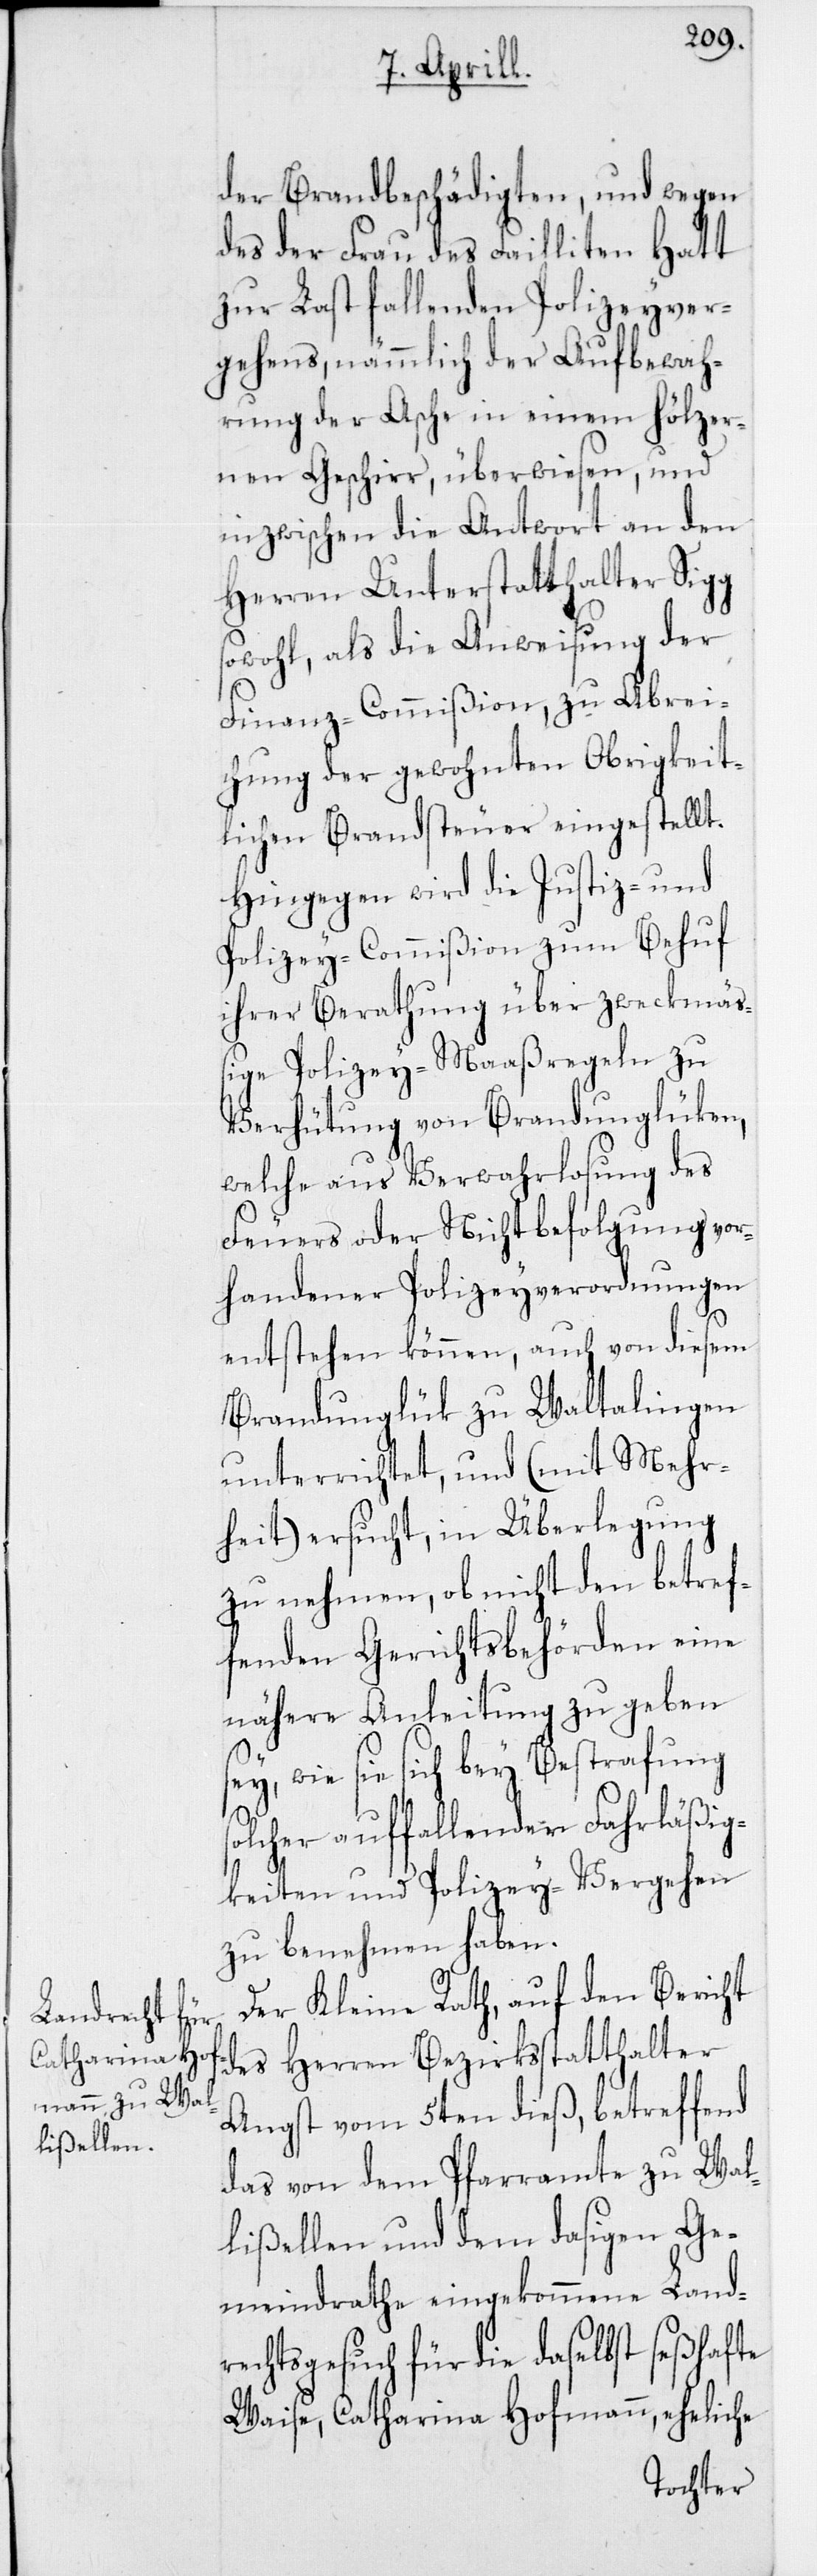
der Brandbeschädigten, und wegen
des der Frau des Failliten Hatt
zur Last fallenden Polizeyver¬
gehens, nämmlich der Aufbewah¬
rung der Asche in einem hölzer¬
nen Geschirr, überwiesen, und
inzwischen die Antwort an den
Herren Unterstatthalter Sigg
sowohl, als die Anweisung der
Finanz-Commißion, zu Abrei¬
chung der gewohnten Obrigkeit¬
lichen Brandsteuer eingestellt.
Hingegen wird die Justiz- und
Polizey-Commißion zum Behuf
ihrer Berathung über zweckmäß¬
ige Polizey-Maaßregeln zu
Verhütung von Brandunglüken,
welche aus Verwahrlosung des
Feuers oder Nichtbefolgung vor¬
handener Polizeyverordnungen
entstehen können, auch von diesem
Brandunglük zu Waltalingen
unterrichtet, und (mit Mehr¬
heit) ersucht, in Überlegung
zu nehmen, ob nicht den betref¬
fenden Gerichtsbehörden eine
nähere Anleitung zu geben s¬
ey, wie sie sich bey Bestrafung
solcher auffallender Fahrläßig¬
keiten und Polizey-Vergehen
zu benehmen haben.
Der Kleine Rath, auf den Bericht
des Herren Bezirksstatthalter
Angst vom 5ten dieß, betreffend
das von dem Pfarramte zu Wal¬
lißellen und dem dasigen Ge¬
meindrathe eingekommene Landr¬
echtsgesuch für die daselbst seßhafte
Waise, Catharina Hofmann, eheliche